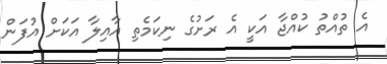
އެ ތުއްތު ކުއްޖާ އަކީ އެ ރަށުގެ ނިކަމެތި އާއިލާ އަކަށް އުފަން